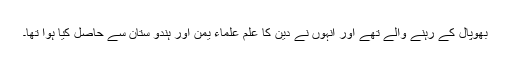
بھوپال کے رہنے والے تھے اور انہوں نے دین کا علم علماء یمن اور ہندو ستان سے حاصل کیا ہوا تھا۔